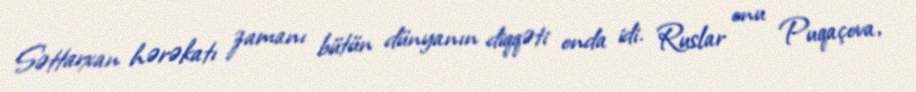
Səttarxan hərəkatı zamanı bütün dünyanın diqqəti onda idi. Ruslar onu Puqaçova,